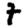
Digit: 7